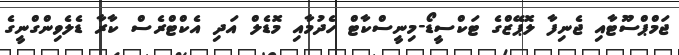
ޖަމްޕްސޫޓާއި ޖެނިފާ ލޮޕޭޒްގެ ޓަކްސީޑޯ-މިނީސްކާޓް ހެދުމާއި މޮޑެލް އަދި އެކްޓްރެސް ކާރާ ޑެލެވިންގްނީގެ